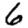
Digit: 6